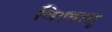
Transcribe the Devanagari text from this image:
विश्‍वासू